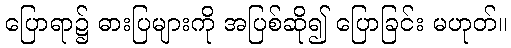
ပြောရာ၌ ဓားပြများကို အပြစ်ဆို၍ ပြောခြင်း မဟုတ်။